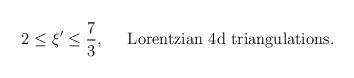
LaTeX: \begin{align*}2\leq \xi'\leq \frac{7}{3},\;\;\;\;\;\mbox{Lorentzian 4d triangulations}.\end{align*}